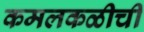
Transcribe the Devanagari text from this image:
कमलकळीची